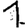
Digit: 1